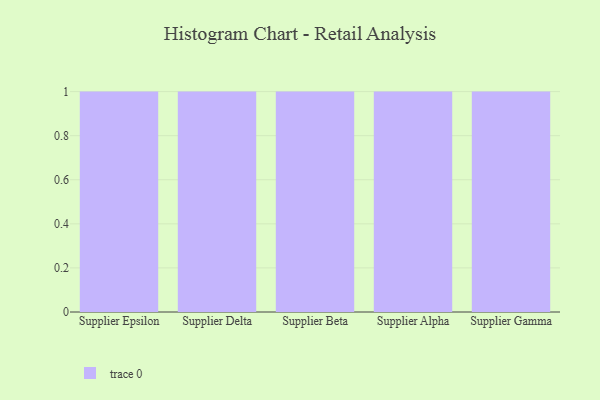
{"axis": {"x": "Supplier", "y": "Headcount"}, "legend": [""], "data": [{"x": "Supplier Epsilon", "y": 95, "type": ""}, {"x": "Supplier Delta", "y": 53, "type": ""}, {"x": "Supplier Beta", "y": 42, "type": ""}, {"x": "Supplier Alpha", "y": 87, "type": ""}, {"x": "Supplier Gamma", "y": 41, "type": ""}]}